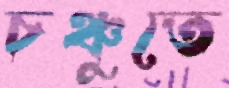
চঞ্চুতে